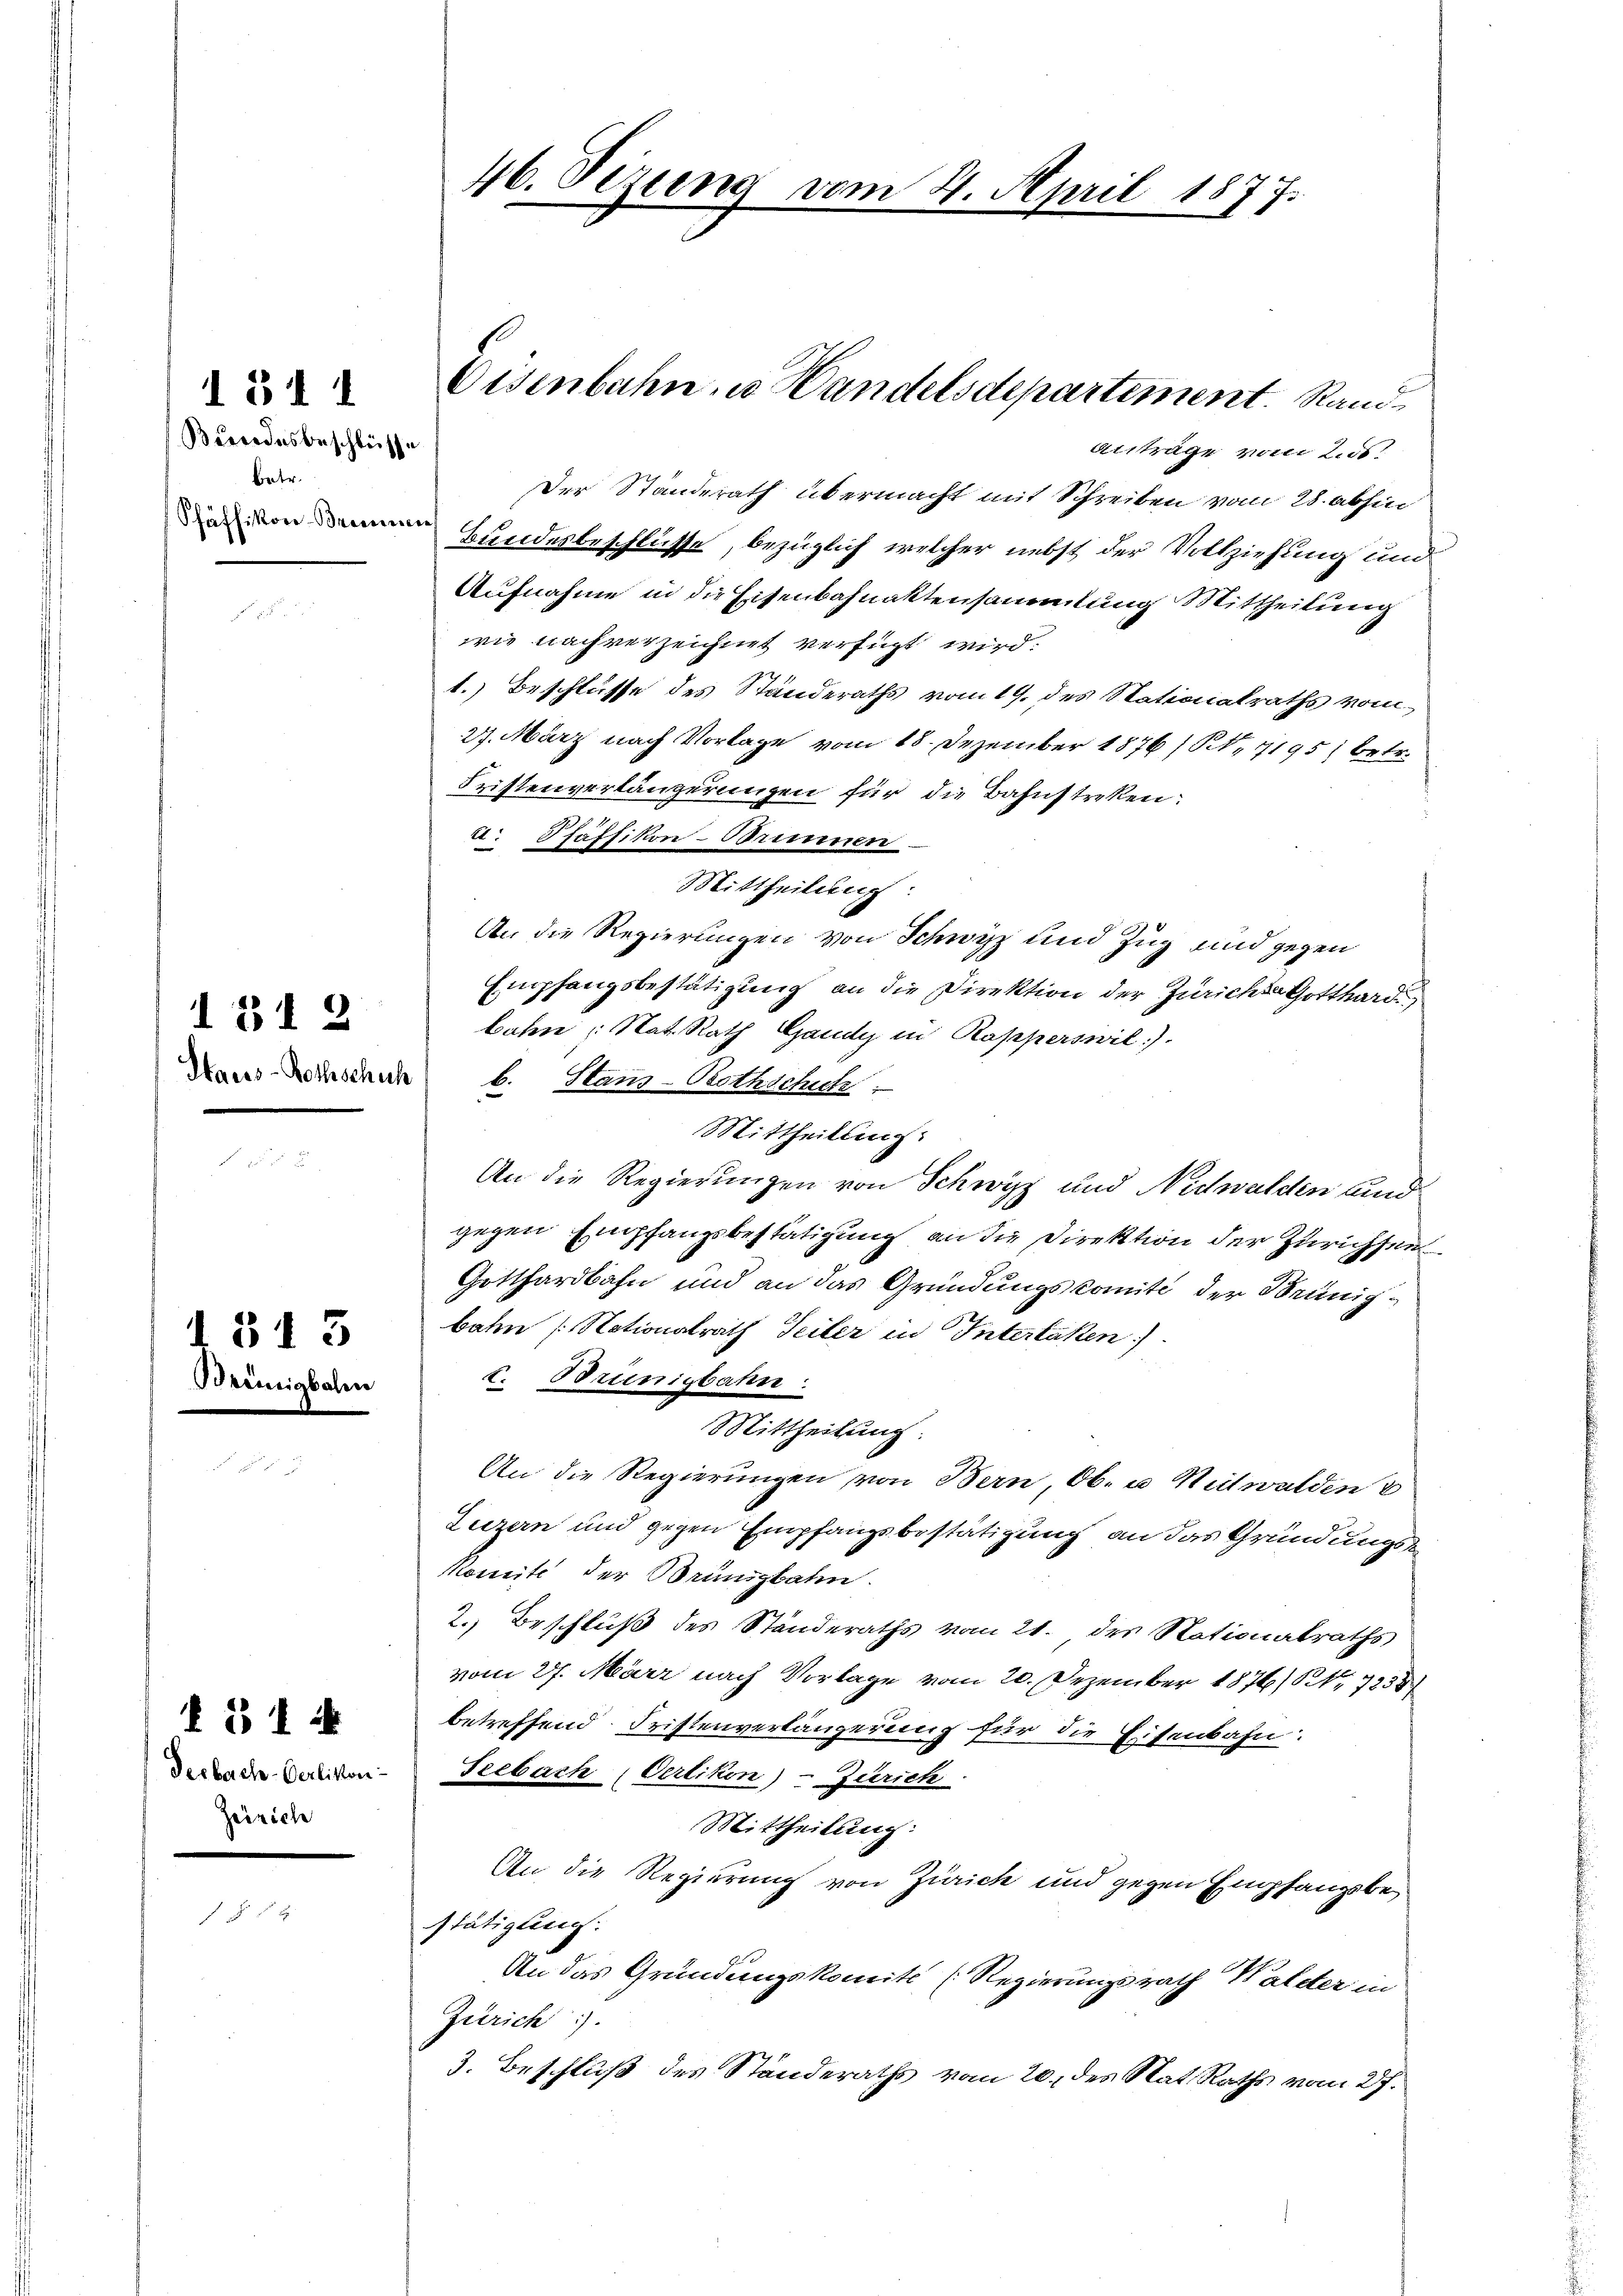
I 511
Bundesbeschlüsse
betr.
Pfäffikon-Brennen

Hacss-Bothschuh

1312

1513
Brennigbahn

514
Desbach-Oerlikon
Zeirich

46. Sezung vom 4. April 1877.

Eisenbahn, u. Handelsdepartement. Rand¬

Anträge vom 2. ds.
Der Ständerath übermacht mit Schreiben vom 28. abhin
Bundesbeschlüsse, bezüglich welcher nebst der Vollziehung und
Aufnahme in die Eisenbahnaktensammlung Mittheilung
wie nachverzeichnet verfügt wird:
1.) Beschlüsse des Standeraths vom 19. des Nationalraths vom
27. März nach Vorlage vom 18. Dezember 1876/B,1195; betr.
Fristenverlängerungen für die Bahnstreken:
a. Pfäffikon-Brimmen
Mittheilung
An die Regierungen von Schwyz und Zug und gegen
Empfangsbestätigung an die Direktion der Zürichte Gotthard
bahen: Nat. Rath Gaudy in Rapperswil).
b. Stans-Bothschich
Mittheilung.
An die Regierungen von Schwyz und Nidwalden und
gegen Empfangsbestätigung an die Direktion der Zürichsen
Gotthardbahn und an das Gründungskomité der Brünigbahn (Nationalrath Seiter in Interlaken)
I. Brünigbahn
Mittheilung.
An die Regierungen von Bern Ob- u Mitwalden
Luzern und gegen Empfangsbestätigung an das Gründungs¬
Monnte der Brunsbahn.
2.) Beschluß des Ständeraths vom 21. des Nationalraths
vom 27. März nach Vorlage vom 20. Dezember 1876/ Nr. 7838
betreffend Fristenverlängerung für die Eisenbahn.
Seebach Oerlikon) - Zürich
Mittheilung:
An die Regierung von Zürich und gegen Empfangsbestätigung.
An das Gründungskomite (Regierungsrath Walder in
Zürich).
3. Beschluß des Ständeraths vom 20. des Rat. Raths vom 27.